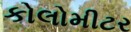
કોલોમીટર